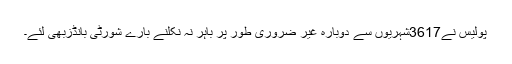
پولیس نے3617شہریوں سے دوبارہ غیر ضروری طور پر باہر نہ نکلنے بارے شورٹی بانڈزبھی لئے۔